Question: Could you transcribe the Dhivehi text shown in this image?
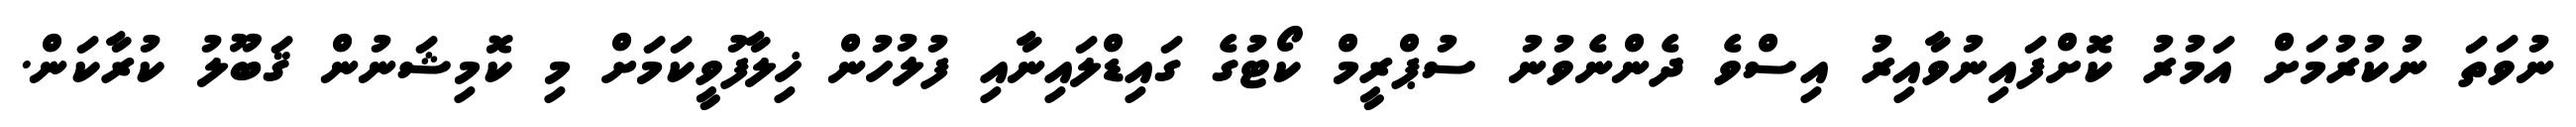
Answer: ނުވަތަ ނުކުރުމަށް އަމުރު ކޮށްފައިނުވާއިރު އިސްވެ ދެންނެވުނު ސުޕްރީމް ކޯޓުގެ ގައިޑްލައިނާއި ފުލުހުން ޚިލާފުވީކަމަށް މި ކޮމިޝަނުން ޤަބޫލު ކުރާކަން.